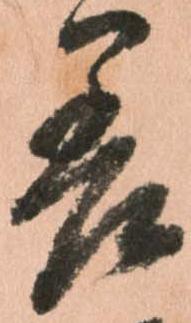
差